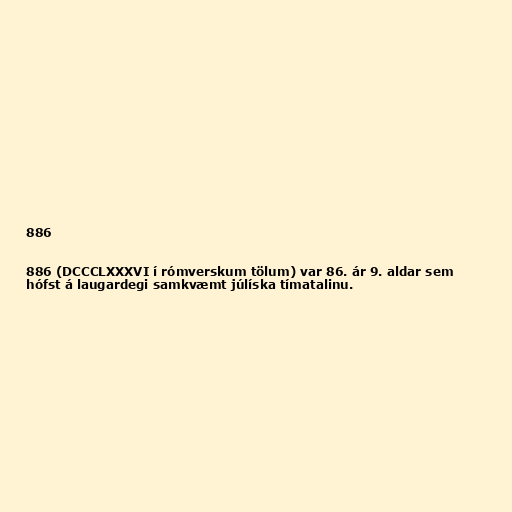
886

886 (DCCCLXXXVI í rómverskum tölum) var 86. ár 9. aldar sem
hófst á laugardegi samkvæmt júlíska tímatalinu.